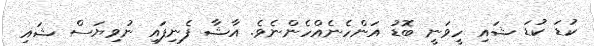
ކުޑަ ކުޑަ ޝައި ހީވަނީ ބޮޑު އަންހެނެއްހެންނެވެ. އާޝާ ފެނިފައި ނުވިޔަސް ޝައި